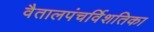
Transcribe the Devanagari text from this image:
वैतालपंचर्विशतिका